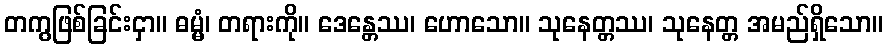
တကွဖြစ်ခြင်းငှာ။ ဓမ္မံ၊ တရားကို။ ဒေန္တေဿ၊ ဟောသော။ သုနေတ္တဿ၊ သုနေတ္တ အမည်ရှိသော။